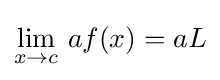
\lim _{x\to c}\,af(x)=aL